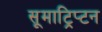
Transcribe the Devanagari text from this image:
सूमाट्रिप्टन